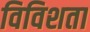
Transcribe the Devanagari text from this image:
विविशता